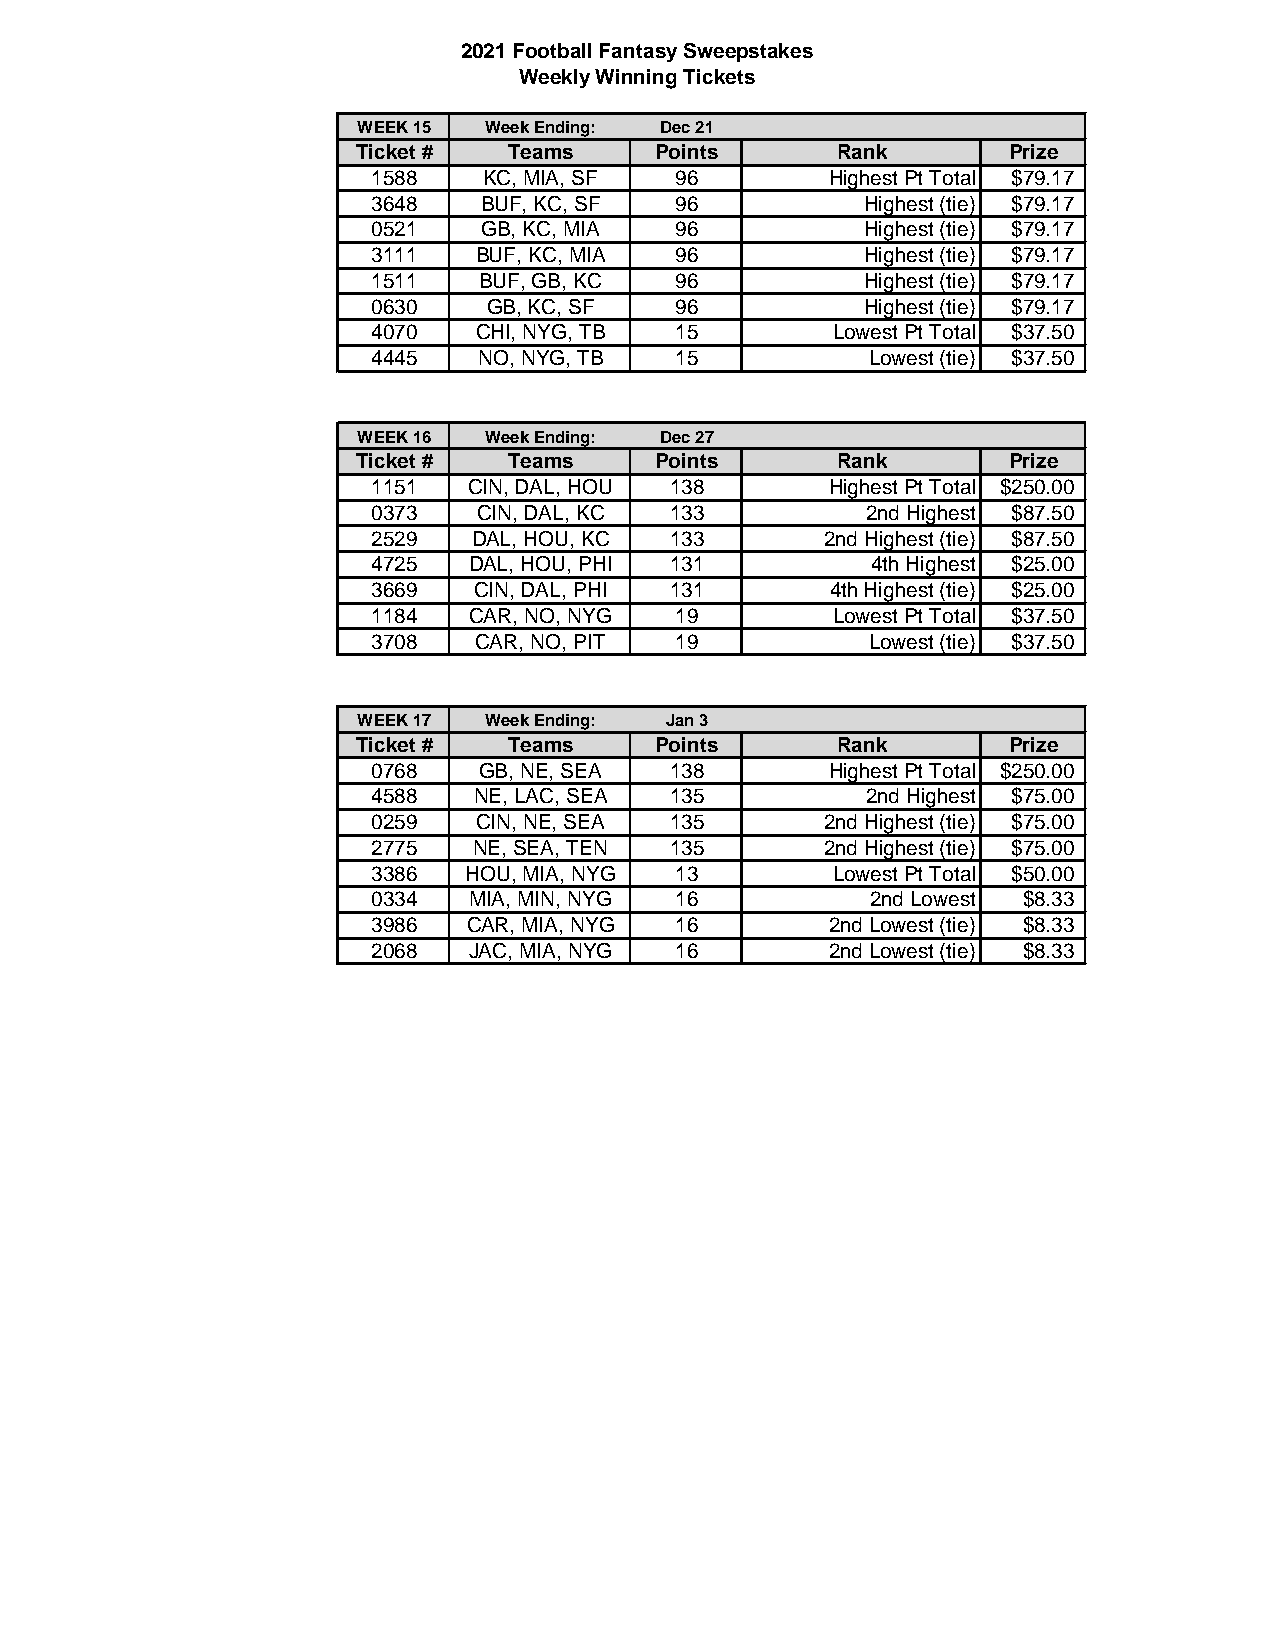
2021 Football Fantasy Sweepstakes
 Weekly Winning Tickets
 WEEK 15 Week Ending: Dec 21
 Ticket #  Teams    Points      Rank        Prize
 1588   KC, MIA, SF  96        Highest Pt Total $79.17
 3648   BUF, KC, SF  96          Highest (tie) $79.17
 0521   GB, KC, MIA  96          Highest (tie) $79.17
 3111  BUF, KC, MIA  96          Highest (tie) $79.17
 1511   BUF, GB, KC  96          Highest (tie) $79.17
 0630   GB, KC, SF   96          Highest (tie) $79.17
 4070  CHI, NYG, TB  15        Lowest Pt Total $37.50
 4445   NO, NYG, TB  15           Lowest (tie) $37.50
 WEEK 16 Week Ending: Dec 27
 Ticket #  Teams    Points      Rank        Prize
 1151  CIN, DAL, HOU 138       Highest Pt Total $250.00
 0373   CIN, DAL, KC 133         2nd Highest $87.50
 2529  DAL, HOU, KC 133        2nd Highest (tie) $87.50
 4725  DAL, HOU, PHI 131          4th Highest $25.00
 3669  CIN, DAL, PHI 131       4th Highest (tie) $25.00
 1184  CAR, NO, NYG  19        Lowest Pt Total $37.50
 3708  CAR, NO, PIT  19           Lowest (tie) $37.50
 WEEK 17 Week Ending: Jan 3
 Ticket #  Teams    Points      Rank        Prize
 0768   GB, NE, SEA 138        Highest Pt Total $250.00
 4588  NE, LAC, SEA 135          2nd Highest $75.00
 0259   CIN, NE, SEA 135       2nd Highest (tie) $75.00
 2775  NE, SEA, TEN 135        2nd Highest (tie) $75.00
 3386  HOU, MIA, NYG 13        Lowest Pt Total $50.00
 0334  MIA, MIN, NYG 16           2nd Lowest $8.33
 3986  CAR, MIA, NYG 16        2nd Lowest (tie) $8.33
 2068  JAC, MIA, NYG 16        2nd Lowest (tie) $8.33